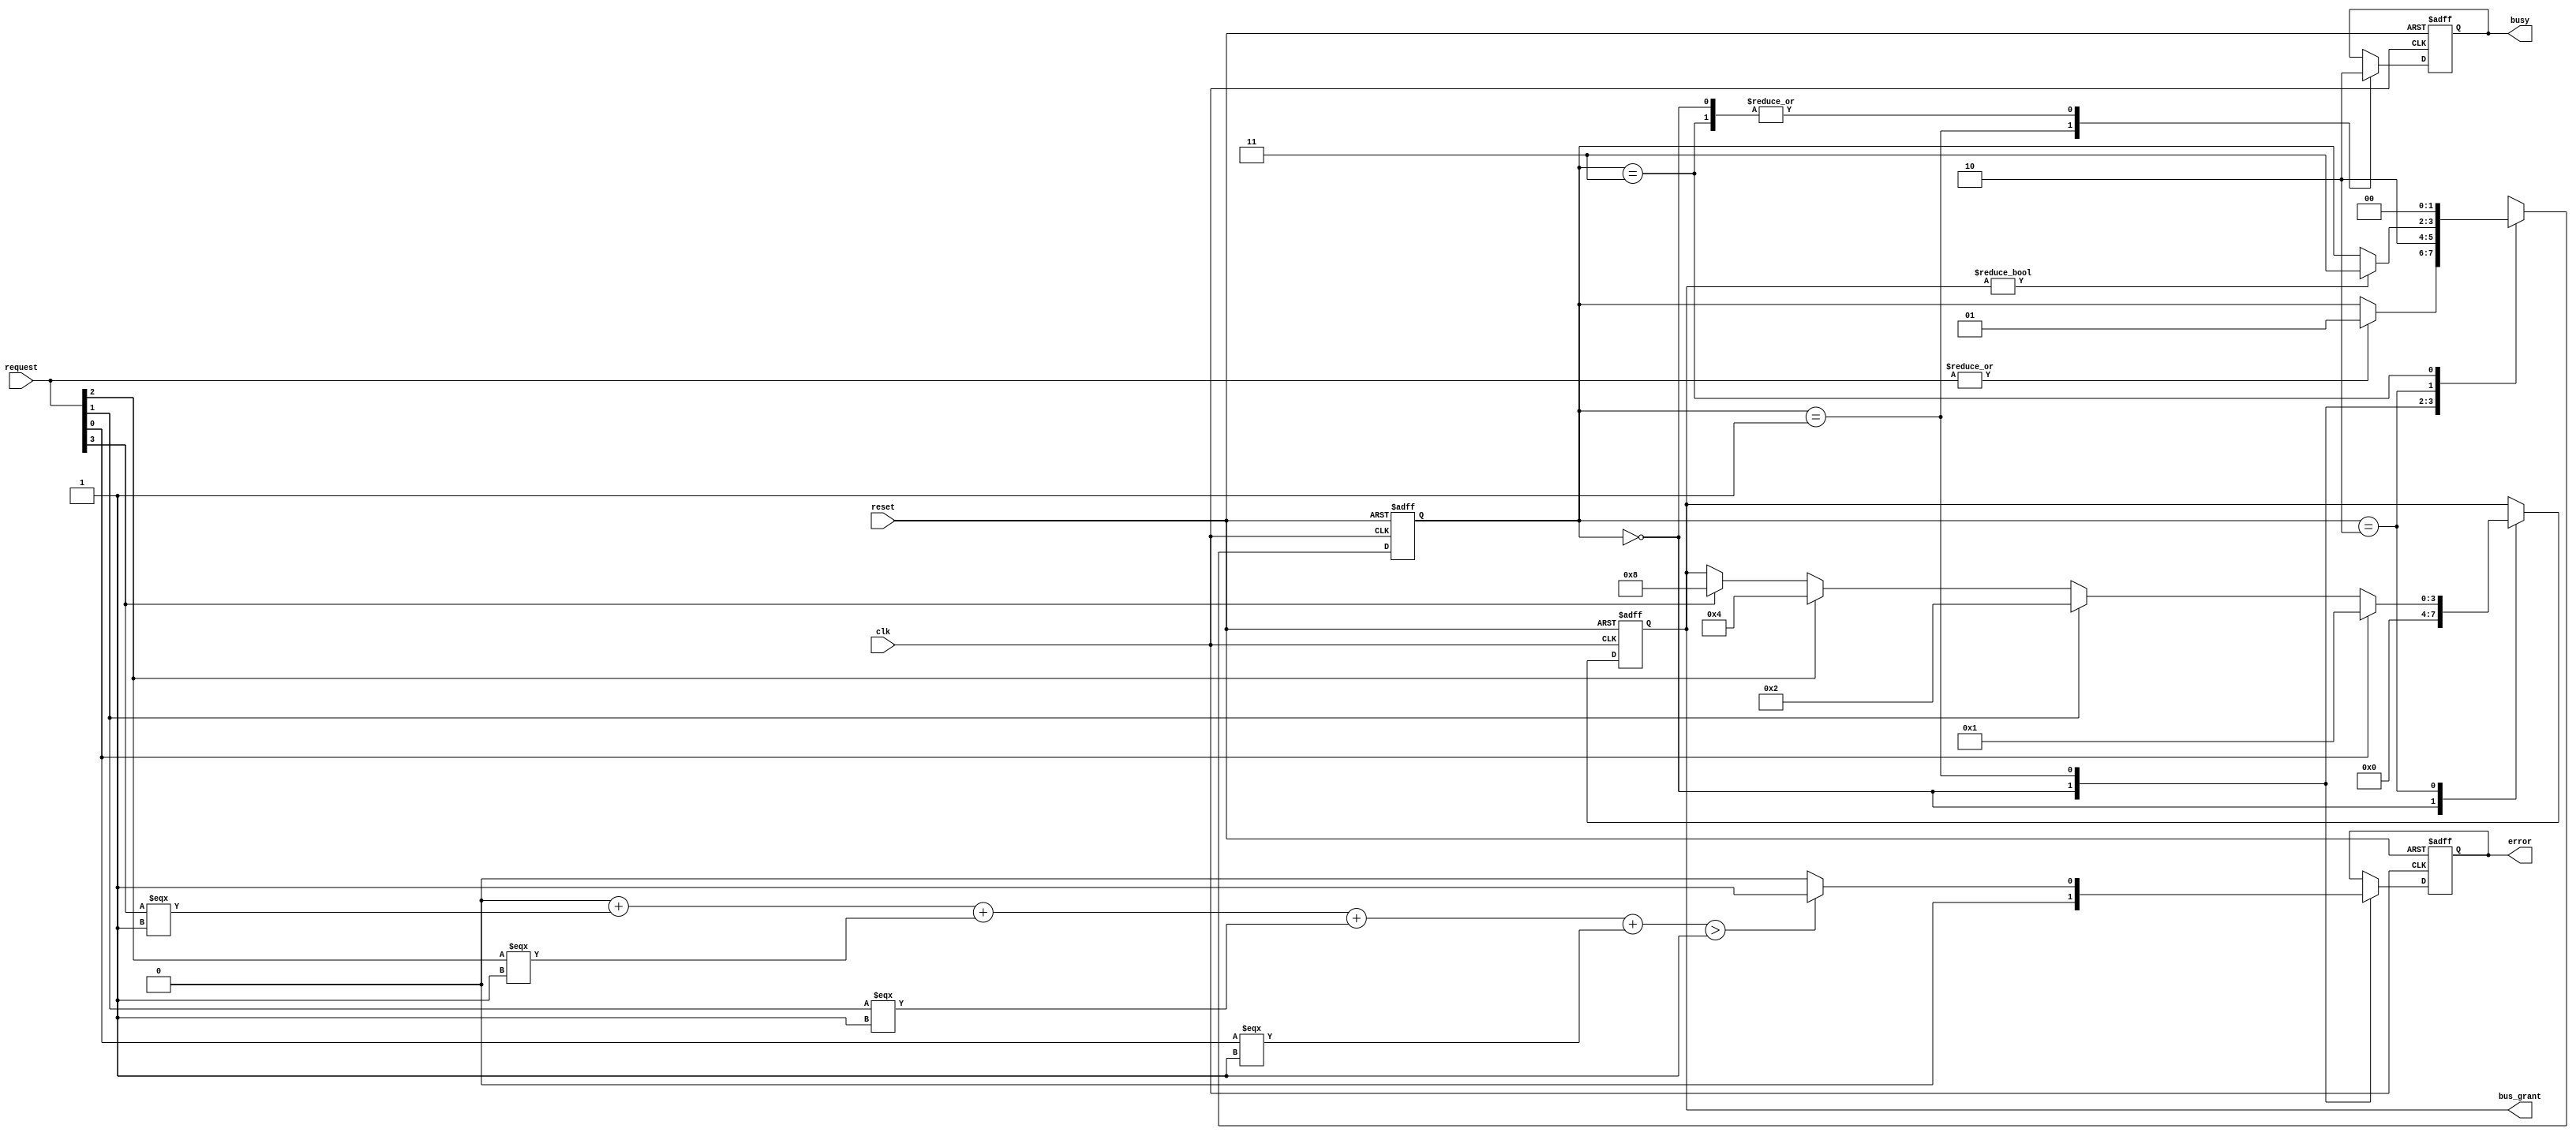
module BusController (
    input wire clk,               // Clock signal
    input wire reset,             // Reset signal
    input wire [3:0] request,     // Request signals from devices (4 devices)
    output reg [3:0] bus_grant,   // Bus grant signal indicating which device has access
    output reg busy,              // Indicates if the bus is currently in use
    output reg error              // Error signal for conflict detection
);

    // State encoding
    localparam IDLE    = 2'b00;
    localparam REQUEST = 2'b01;
    localparam GRANT   = 2'b10;
    localparam RELEASE = 2'b11;

    reg [1:0] state, next_state;

    // State transition logic
    always @(posedge clk or posedge reset) begin
        if (reset) begin
            state <= IDLE;
        end else begin
            state <= next_state;
        end
    end

    // Next state logic
    always @(*) begin
        next_state = state; // Default to current state
        case (state)
            IDLE: begin
                if (|request) begin // If any request is active
                    next_state = REQUEST;
                end
            end
            REQUEST: begin
                // Here we could implement a priority scheme if needed
                next_state = GRANT;
            end
            GRANT: begin
                if (bus_grant != 4'b0000) begin // Check if the bus is in use
                    next_state = RELEASE;
                end
            end
            RELEASE: begin
                next_state = IDLE; // After release, go back to idle
            end
            default: next_state = IDLE; // Safety default
        endcase
    end

    // Output logic
    always @(posedge clk or posedge reset) begin
        if (reset) begin
            bus_grant <= 4'b0000;
            busy <= 1'b0;
            error <= 1'b0;
        end else begin
            case (state)
                IDLE: begin
                    bus_grant <= 4'b0000; // No device has the bus
                    busy <= 1'b0;
                    error <= 1'b0;
                end
                REQUEST: begin
                    busy <= 1'b1; // Bus is busy while handling requests
                    // Check for conflicts
                    if ($countones(request) > 1) begin
                        error <= 1'b1; // Conflict detected
                    end else begin
                        error <= 1'b0; // No conflict
                    end
                end
                GRANT: begin
                    // Grant the bus to the highest priority request
                    if (request[0]) bus_grant <= 4'b0001;
                    else if (request[1]) bus_grant <= 4'b0010;
                    else if (request[2]) bus_grant <= 4'b0100;
                    else if (request[3]) bus_grant <= 4'b1000;
                end
                RELEASE: begin
                    busy <= 1'b0; // Bus is no longer busy
                end
            endcase
        end
    end

endmodule